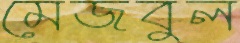
মেজবুল